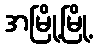
အမြို့မြို့